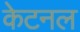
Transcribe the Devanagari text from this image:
केटनल